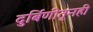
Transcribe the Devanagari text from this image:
दुर्बिणीतूनही